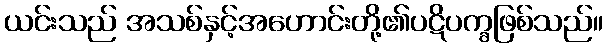
ယင်းသည် အသစ်နှင့်အဟောင်းတို့၏ပဋိပက္ခဖြစ်သည်။